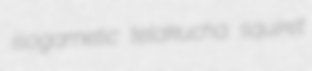
isogametic telakucha squiret